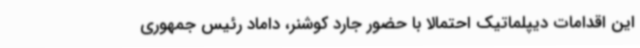
این اقدامات دیپلماتیک احتمالا با حضور جارد کوشنر، داماد رئیس جمهوری